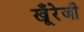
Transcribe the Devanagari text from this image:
खूँरेजी